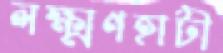
লক্ষ্মণহাটী